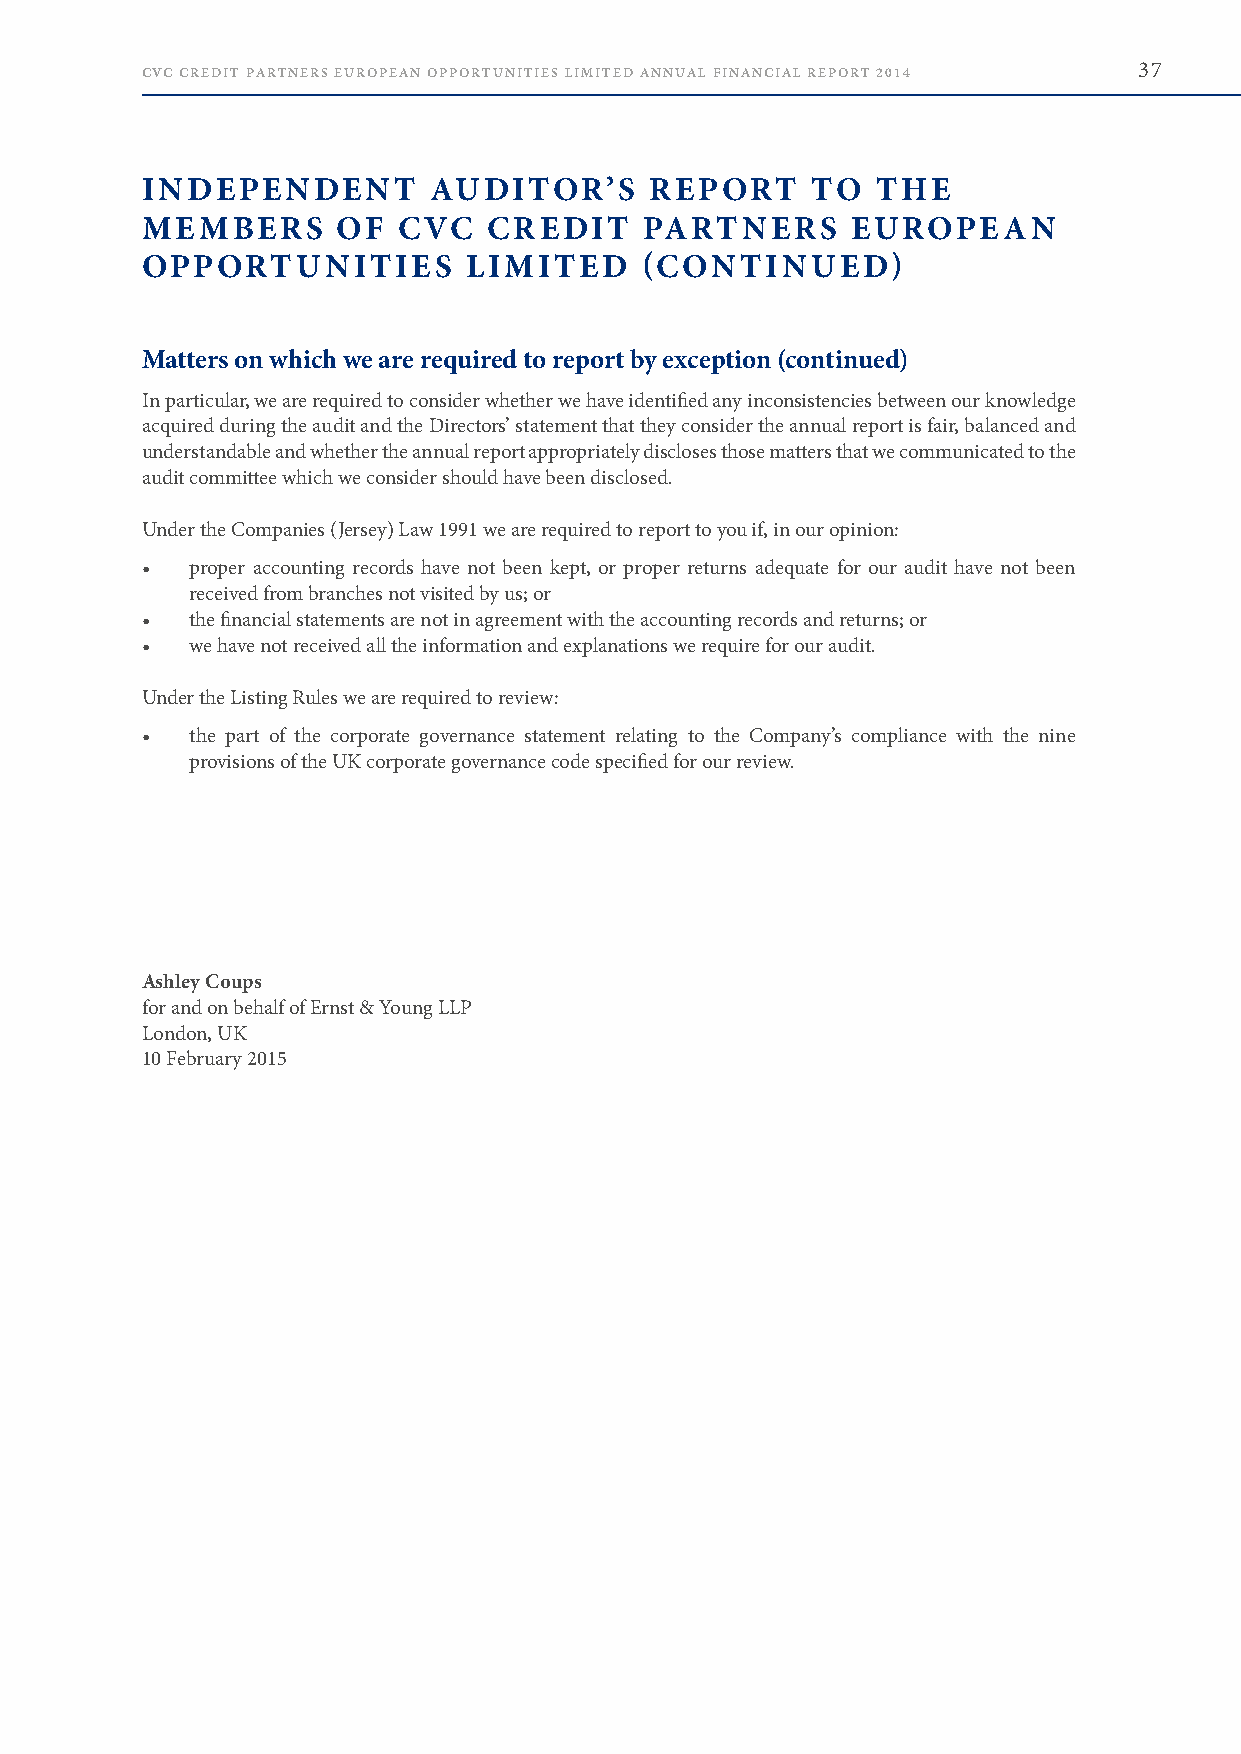
CVC CREDIT PARTNERS EUROPEAN OPPORTUNITIES LIMITED ANNUAL FINANCIAL REPORT 2014 37
 INDEPENDENT        AUDITOR’S      REPORT     TO  THE
 MEMBERS      OF  CVC   CREDIT     PARTNERS     EUROPEAN
 OPPORTUNITIES         LIMITED     (CONTINUED)
 Matters on which we are required to report by exception (continued)
 In particular, we are required to consider whether we have identified any inconsistencies between our knowledge
 acquired during the audit and the Directors’ statement that they consider the annual report is fair, balanced and
 understandable and whether the annual report appropriately discloses those matters that we communicated to the
 audit committee which we consider should have been disclosed .
 Under the Companies (Jersey) Law 1991 we are required to report to you if, in our opinion:
 •   proper accounting records have not been kept, or proper returns adequate for our audit have not been
 received from branches not visited by us; or
 •   the financial statements are not in agreement with the accounting records and returns; or
 •   we have not received all the information and explanations we require for our audit .
 Under the Listing Rules we are required to review:
 •   the part of the corporate governance statement relating to the Company’s compliance with the nine
 provisions of the UK corporate governance code specified for our review .
 Ashley Coups
 for and on behalf of Ernst & Young LLP
 London, UK
 10 February 2015